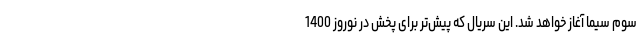
سوم سیما آغاز خواهد شد. این سریال که پیش‌تر برای پخش در نوروز 1400